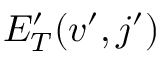
E _ { T } ^ { \prime } ( v ^ { \prime } , j ^ { \prime } )